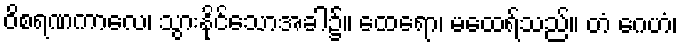
ဝိစရဏကာလေ၊ သွားနိုင်သောအခါ၌။ ထေရော၊ မထေရ်သည်။ တံ ဂေဟံ၊